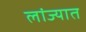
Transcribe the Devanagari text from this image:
लांज्यात